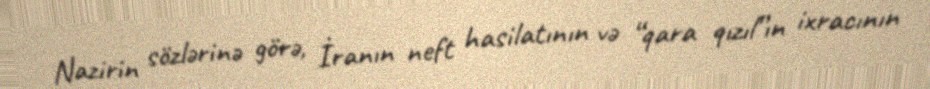
Nazirin sözlərinə görə, İranın neft hasilatının və “qara qızıl”ın ixracının